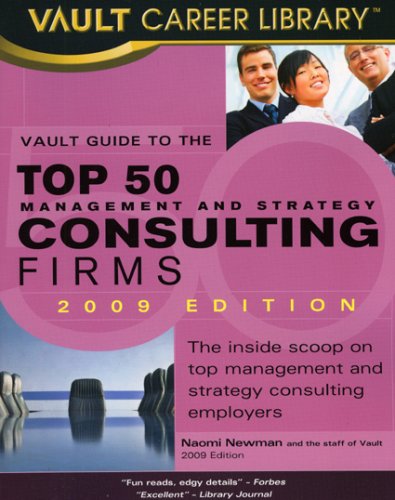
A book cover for Vault Guide to the Top 50 Management and Strategy Consulting Firms (Vault Guide to the Top 50 Management & Strategy Consulting Firms); Naomi Newman; Business & Money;